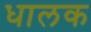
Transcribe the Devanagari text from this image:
धालक